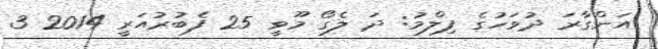
އަންގާރަ ދުވަހުގެ ފިލްމު: ދަ ލެގޯ މޫވީ 25 ފެބުރުއަރީ 2014 3